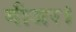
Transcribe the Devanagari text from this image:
गीजर।